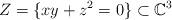
LaTeX: \begin{align*}Z=\{xy+z^2=0\} \subset \mathbb{C}^3\end{align*}